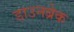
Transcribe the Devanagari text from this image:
डाउनब्रेक